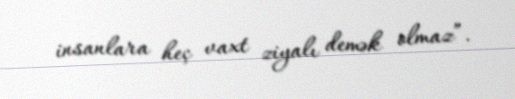
insanlara heç vaxt ziyalı demək olmaz”.